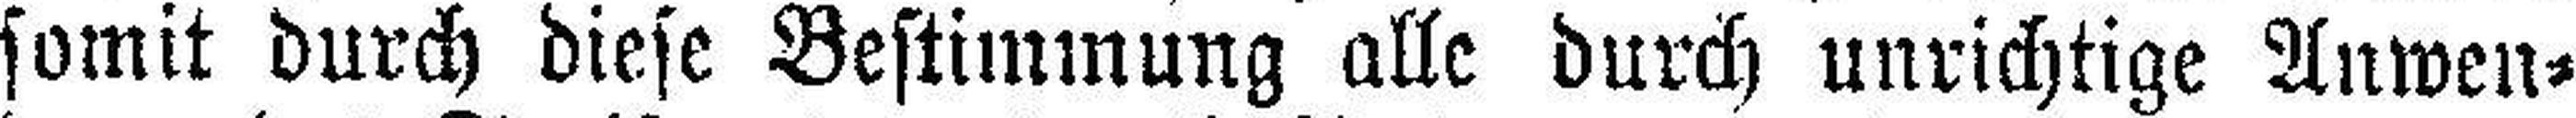
somit durch diese Bestimmung alle durch unrichtige Anwen¬